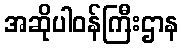
အဆိုပါဝန်ကြီးဌာန